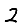
Digit: 2